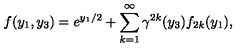
f ( y _ { 1 } , y _ { 3 } ) = e ^ { y _ { 1 } / 2 } + \sum _ { k = 1 } ^ { \infty } { \gamma } ^ { 2 k } ( y _ { 3 } ) f _ { 2 k } ( y _ { 1 } ) ,